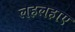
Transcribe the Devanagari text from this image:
लहलहाए